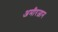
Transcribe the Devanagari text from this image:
अमीरजान